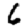
Digit: 6